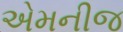
એમનીજ